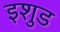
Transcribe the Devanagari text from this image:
इशुड